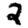
Digit: 2